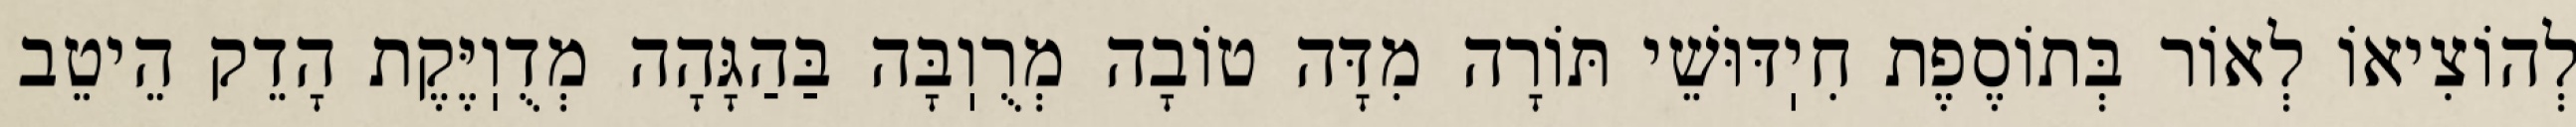
לְהוֹצִיאוֹ לְאוֹר בְּתוֹסֶפֶת חִיֽדּוּשֵׁי תּוֹרָה מִדָּה טוֹבָה מְרֻוֽבָּה בַּהַגָּהָה מְדֻוֽיֶּקֶת הָדֵק הֵיטֵב